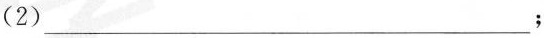
(2)___；